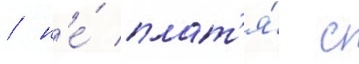
/ н'е́ плат'я́ с